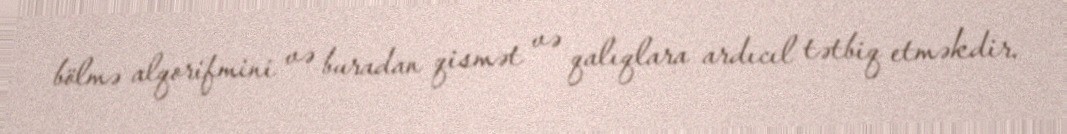
bölmə alqorifmini və buradan qismət və qalıqlara ardıcıl tətbiq etməkdir.